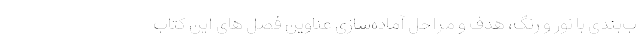
ب‌بندی با نور و رنگ، هدف و مراحل آماده‌سازی عناوین فصل های این کتاب